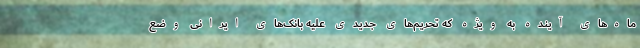
ماه‌های آینده به ویژه که تحریم‌های جدیدی علیه بانک‌های ایرانی وضع